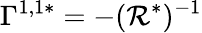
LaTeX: \Gamma^{1,1*}=-(\mathcal{R}^{*})^{-1}